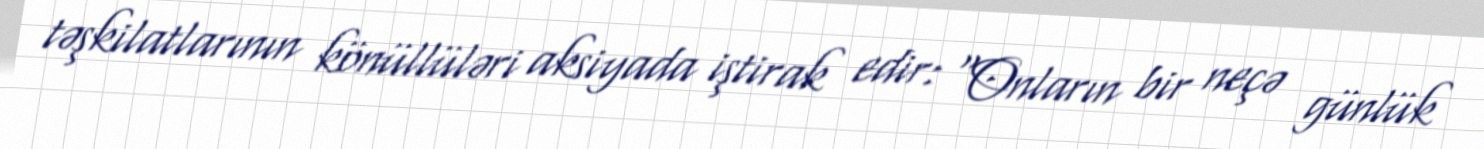
təşkilatlarının könüllüləri aksiyada iştirak edir: "Onların bir neçə günlük